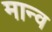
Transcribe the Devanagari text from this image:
मान्व